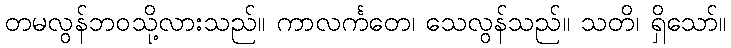
တမလွန်ဘဝသို့လားသည်။ ကာလင်္ကတေ၊ သေလွန်သည်။ သတိ၊ ရှိသော်။